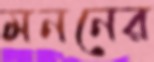
মননের